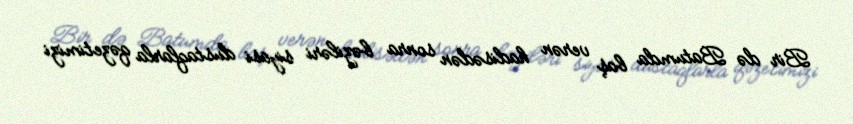
Bir də Batumda baş verən hadisədən sonra bəziləri siyasi dustaqlarla qəzetimizi